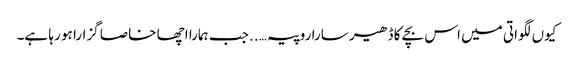
کیوں لگواتی میں اس بچے کا ڈھیر سارا روپیہ….. جب ہمارا اچھا خاصا گزارا ہو رہا ہے۔